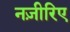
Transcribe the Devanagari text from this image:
नज़ीरिए